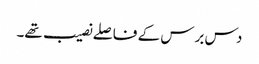
دس برس کے فاصلے نصیب تھے۔